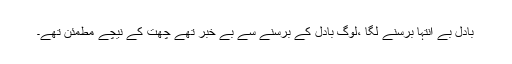
بادل بے انتہا برسنے لگا ،لوگ بادل کے برسنے سے بے خبر تھے چھت کے نیچے مطمئن تھے۔